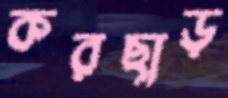
করছাড়